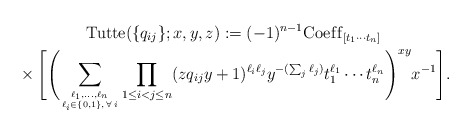
\begin{gather*}{\rm Tutte}(\{q_{ij}\};x,y,z):= (-1)^{n-1} {\rm Coef\/f}_{[t_1 \cdots t_n]} \\ {}\times \Biggl[\Biggl( \sum_{\ell_1,\ldots,\ell_n \atop \ell_i \in \{0,1 \}, \, \forall \,i} \prod_{1 \le i < j \le n}(z q_{ij} y+1)^{\ell_i \ell_j} y^{- (\sum_{j} \ell_{j})} t_1^{\ell_{1}} \cdots t_n^{\ell_{n}} \Biggr)^{ x y} x^{-1} \Bigg] . \end{gather*}